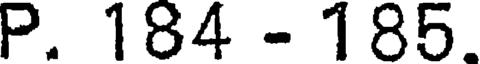
P. 184 - 185.